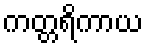
ကတ္တရိကာယ